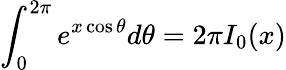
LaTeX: \int_{0}^{2\pi}e^{x\cos\theta}d\theta=2\pi I_{0}(x)